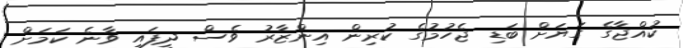
ކުއްޖާގެ ގަޔަށް ބަޑި ޖެހުމުގެ ކުރިން އިންޒާރު ވެސް ދީފައި ވާނެ ކަމަށް